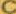
C